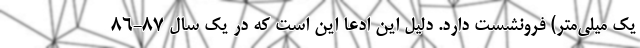
یک میلی‌متر) فرونشست دارد. دلیل این ادعا این است که در یک سال ۸۷-۸۶